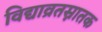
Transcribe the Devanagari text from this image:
विद्याव्रतस्नातक